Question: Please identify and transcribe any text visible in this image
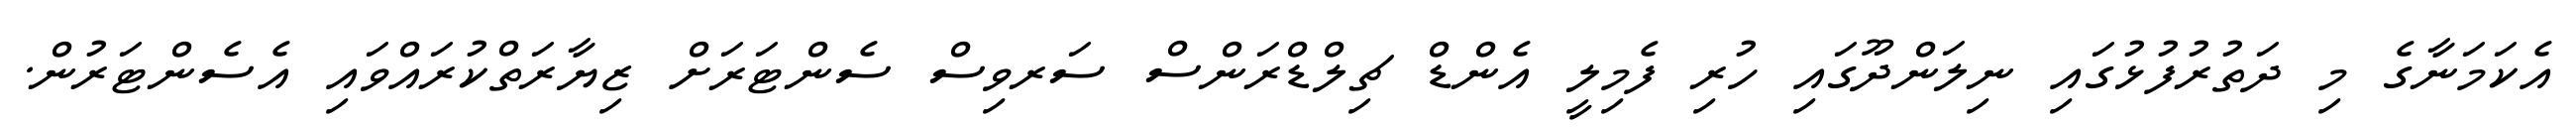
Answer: އެކަމަނާގެ މި ދަތުރުފުޅުގައި ނިލަންދޫގައި ހުރި ފެމިލީ އެންޑް ޗިލްޑްރަންސް ސަރވިސް ސެންޓަރަށް ޒިޔާރަތްކުރައްވައި އެސެންޓަރުން.